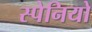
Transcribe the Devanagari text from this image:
स्पेनियो